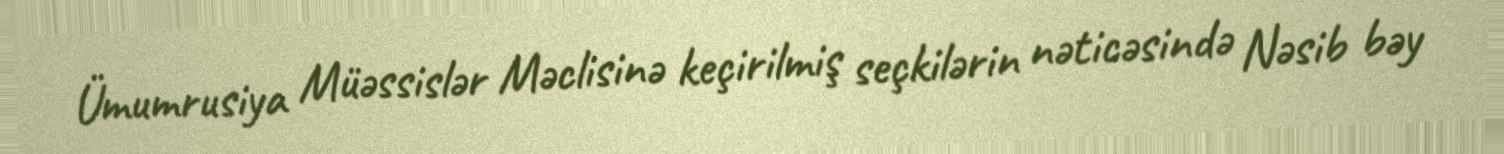
Ümumrusiya Müəssislər Məclisinə keçirilmiş seçkilərin nəticəsində Nəsib bəy